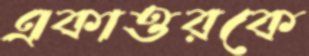
একাত্তরকে